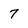
Character: 7